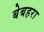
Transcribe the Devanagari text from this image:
बेबहरा